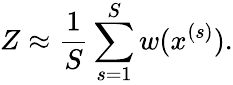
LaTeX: Z\approx\frac{1}{S}\sum_{s=1}^{S}w(x^{(s)}).